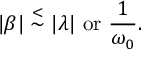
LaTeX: | \beta | \stackrel { < } { \sim } | \lambda | \ \mathrm { o r } \ { \frac { 1 } { \omega _ { 0 } } } .